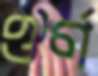
ঔর্ণ